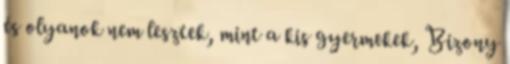
és olyanok nem lesztek, mint a kis gyermekek, Bizony